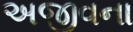
અજીવના